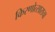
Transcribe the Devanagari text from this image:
किरणोत्साराचा